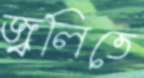
জ্বলিতে